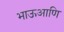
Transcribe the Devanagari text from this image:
भाऊआणि